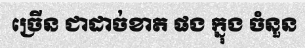
ច្រើន ជាដាច់ខាត ផង ក្នុង ចំនួន